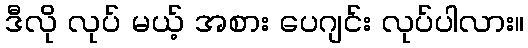
ဒီလို လုပ် မယ့် အစား ပေဂျင်း လုပ်ပါလား။